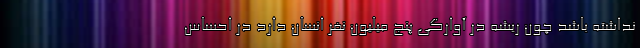
نداشته باشد چون ریشه در آوارگی پنج میلیون نفر انسان دارد در احساس